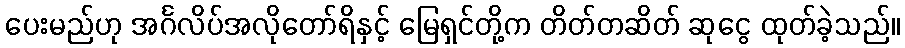
ပေးမည်ဟု အင်္ဂလိပ်အလိုတော်ရိနှင့် မြေရှင်တို့က တိတ်တဆိတ် ဆုငွေ ထုတ်ခဲ့သည်။